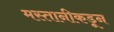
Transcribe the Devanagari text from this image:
मस्तानीकडून